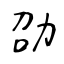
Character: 劭